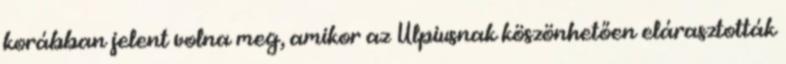
korábban jelent volna meg, amikor az Ulpiusnak köszönhetően elárasztották